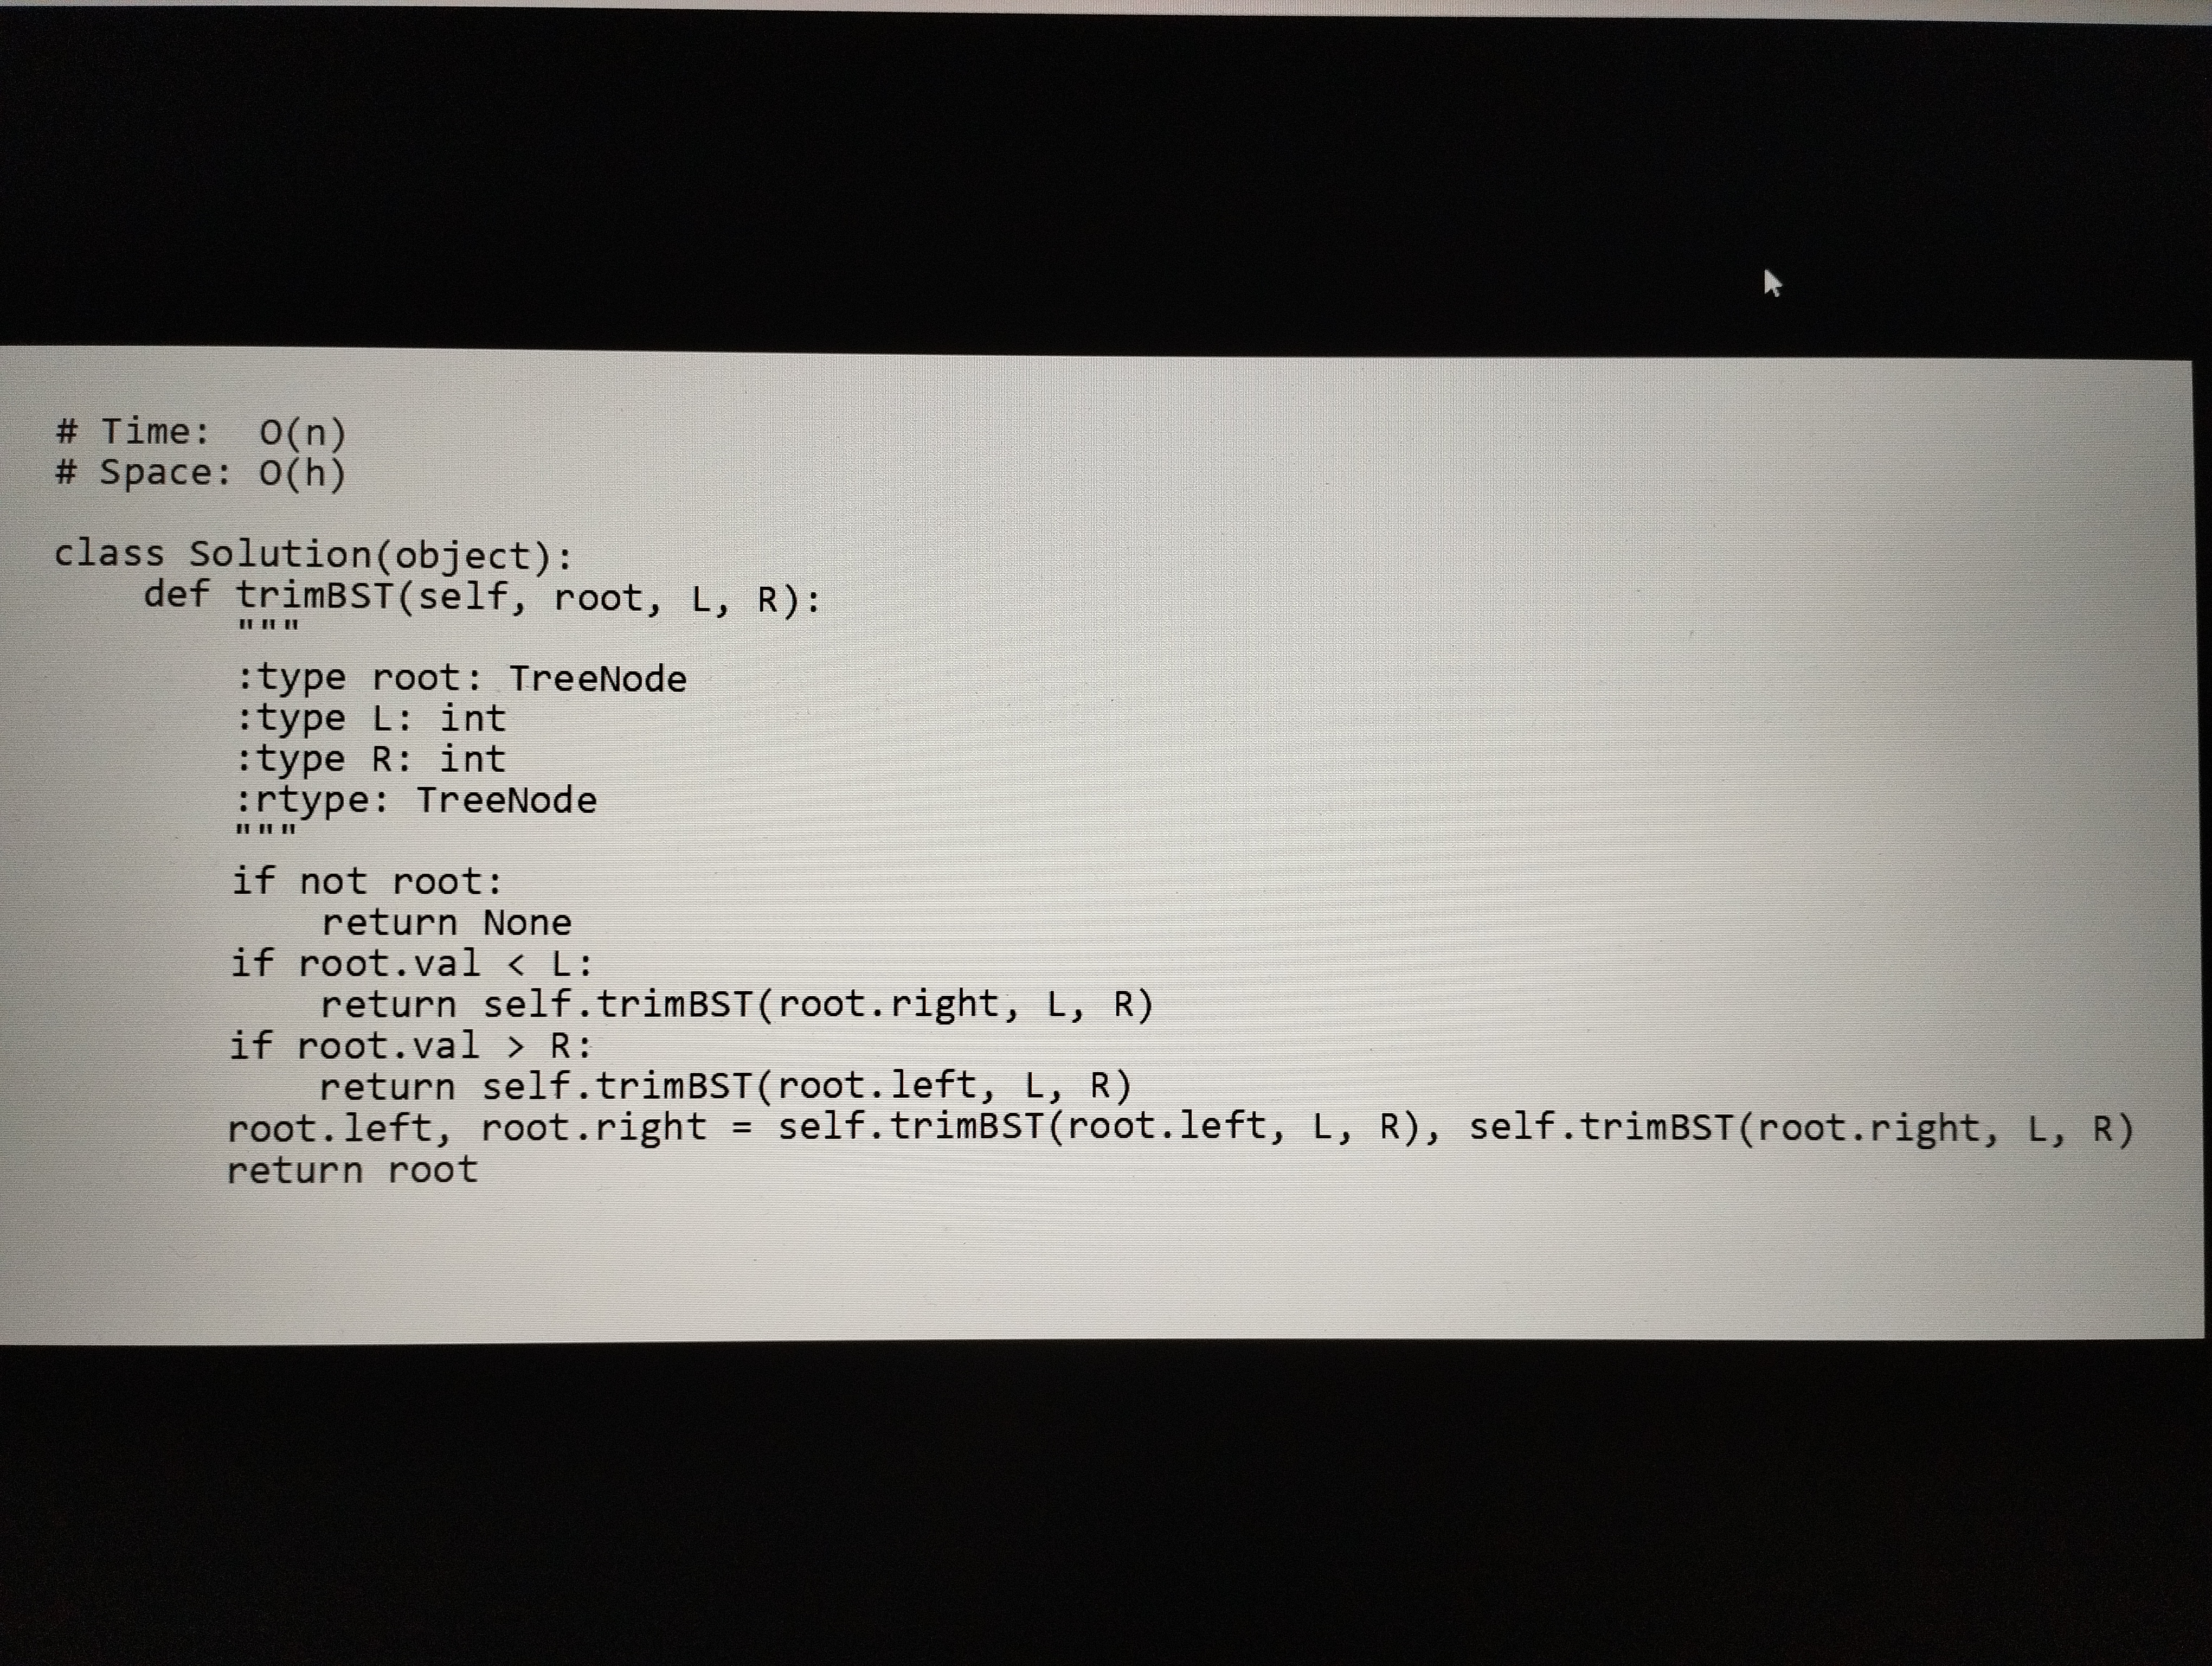
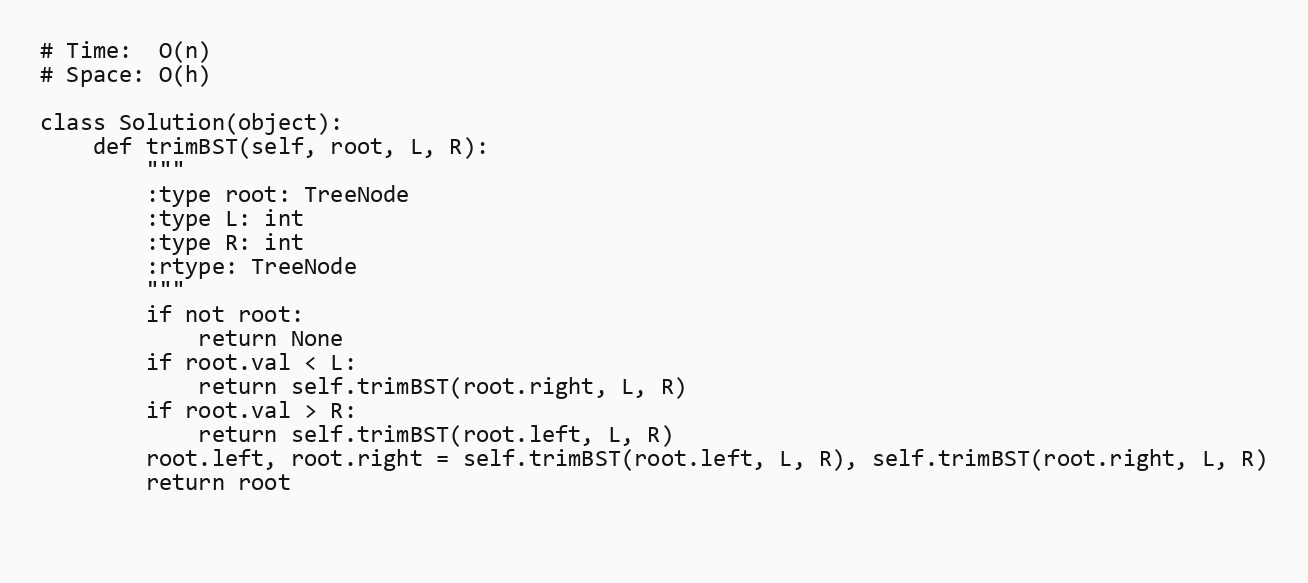
# Time:  O(n)
# Space: O(h)

class Solution(object):
    def trimBST(self, root, L, R):
        """
        :type root: TreeNode
        :type L: int
        :type R: int
        :rtype: TreeNode
        """
        if not root:
            return None
        if root.val < L:
            return self.trimBST(root.right, L, R)
        if root.val > R:
            return self.trimBST(root.left, L, R)
        root.left, root.right = self.trimBST(root.left, L, R), self.trimBST(root.right, L, R)
        return root